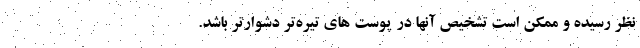
نظر رسیده و ممکن است تشخیص آنها در پوست های تیره‌تر دشوارتر باشد.